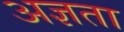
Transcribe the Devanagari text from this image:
अज्ञता